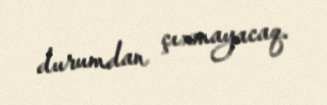
durumdan çıxmayacaq.